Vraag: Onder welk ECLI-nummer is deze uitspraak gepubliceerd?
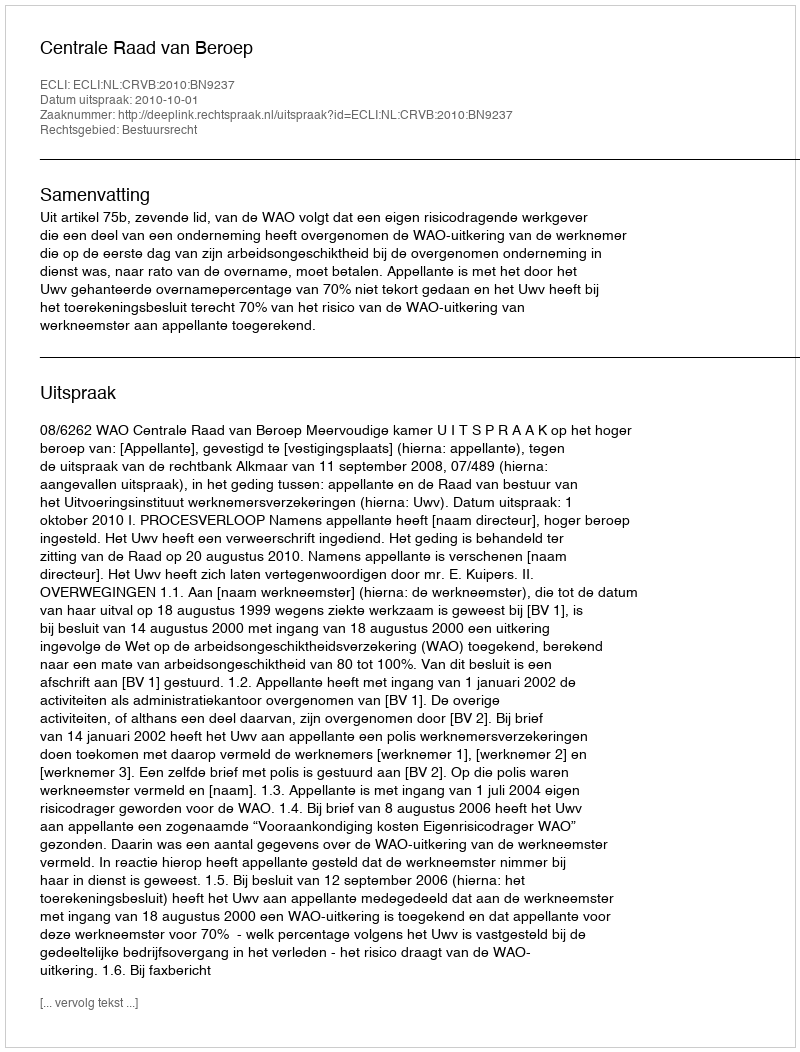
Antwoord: ECLI:NL:CRVB:2010:BN9237